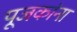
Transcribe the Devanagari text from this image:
पूजकांना